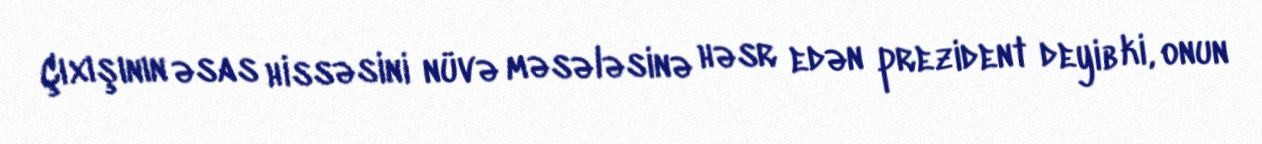
Çıxışının əsas hissəsini nüvə məsələsinə həsr edən prezident deyib ki, onun